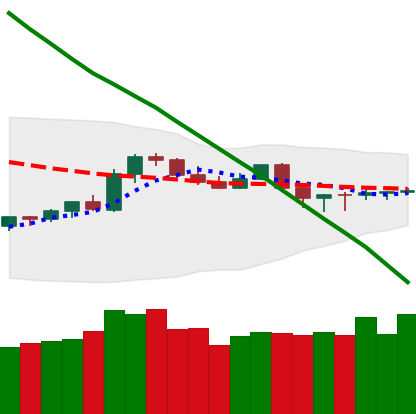
Ticker: TRX-USD
Chart end date: 2019-10-21
Forward return: 6.308%
Label: up_5_7